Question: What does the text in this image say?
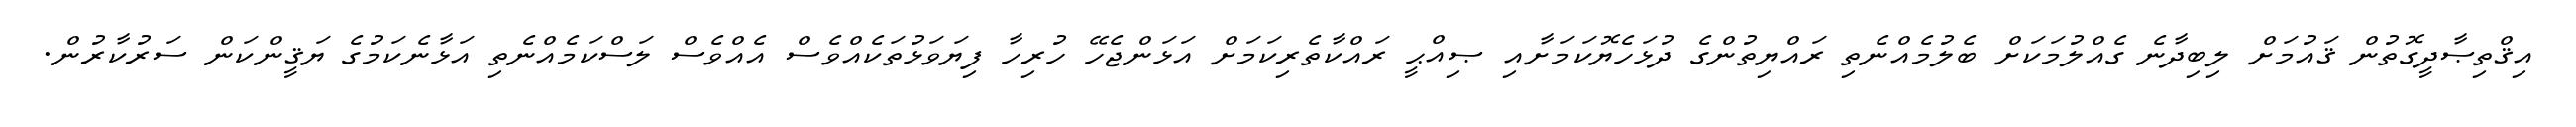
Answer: އިޤްތިޞާދީގޮތުން ޤައުމަށް ލިބިދާނެ ގެއްލުމަކަށް ބެލުމެއްނެތި ރައްޔިތުންގެ ދުޅަހެޔޮކަމަށާއި ޞިއްޙީ ރައްކާތެރިކަމަށް އަޅަންޖެހޭ ހުރިހާ ފިޔަވަޅުތަކެއްވެސް އެއްވެސް ލަސްކަމެއްނެތި އަޅާނެކަމުގެ ޔަޤީންކަން ސަރުކާރުން.